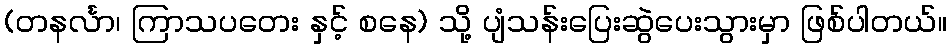
(တနင်္လာ၊ ကြာသပတေး နှင့် စနေ) သို့ ပျံသန်းပြေးဆွဲပေးသွားမှာ ဖြစ်ပါတယ်။